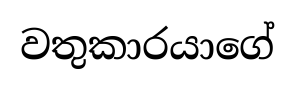
වතුකාරයාගේ